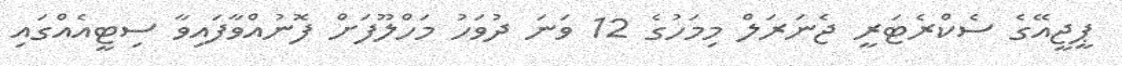
ޕީޖީއޭގެ ސެކްރެޓަރީ ޖެނަރަލް މިމަހުގެ 12 ވަނަ ދުވަހު މަހްލޫފަށް ފޮނުއްވާފައިވާ ސިޓީއެއްގައި